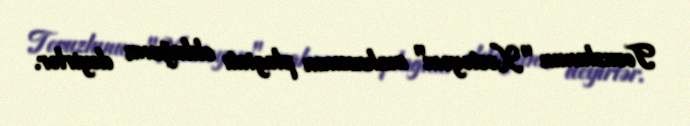
Tovuzlunun "Xəstəyəm" mahnısının plagiatı olduğunu deyirlər.